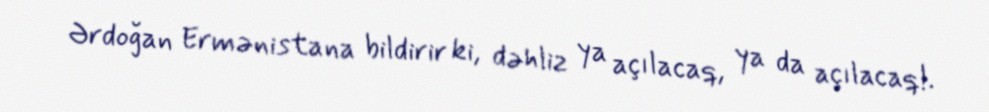
Ərdoğan Ermənistana bildirir ki, dəhliz ya açılacaq, ya da açılacaq!.